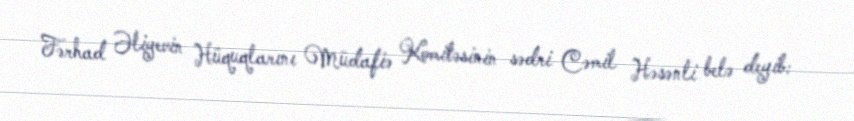
Fərhad Əliyevin Hüquqlarını Müdafiə Komitəsinin sədri Cəmil Həsənli belə deyib: